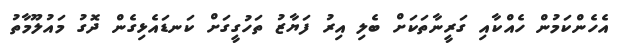
އެހެންކަމުން ހެއްކާއި ގަރީނާތަކަށް ބެލި އިރު ފަޔާޒު ތަހުގީގަށް ކަނޑައެޅިގެން ދޮގު މައުލޫމާތު